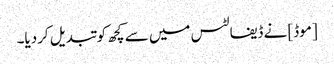
[موڈ] نے ڈیفالٹس میں سے کچھ کو تبدیل کردیا۔